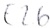
Text: E2.6